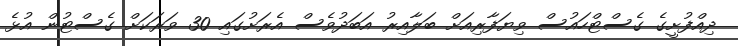
ދިއްފުށީގެ ގެސްޓްހައުސް ވިޔަފާރިއަށް ބަލާއިރު އަބަދުވެސް އެރަށުގައި 30 ވަރަކަށް ގެސްޓުން އުޅެ